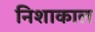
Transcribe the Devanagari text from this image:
निशाकाल